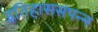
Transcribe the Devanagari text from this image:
इतिहाससंपन्न